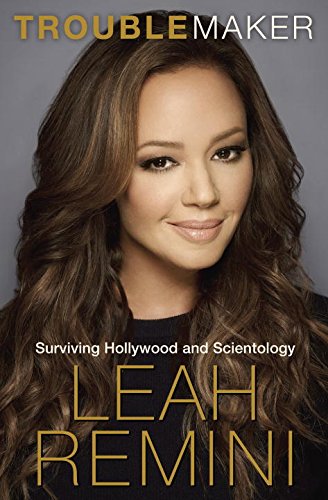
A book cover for Troublemaker: Surviving Hollywood and Scientology; Leah Remini; Humor & Entertainment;